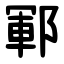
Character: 鄆